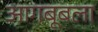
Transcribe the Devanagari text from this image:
आगबूबला